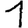
Digit: 1